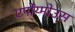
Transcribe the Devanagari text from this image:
एपोंय्मोउस